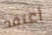
أعتقد